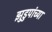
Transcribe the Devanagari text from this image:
झुडुपांच्या